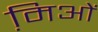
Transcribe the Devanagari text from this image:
मि़ओं